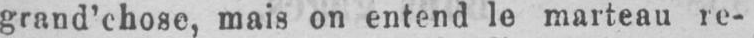
grand’chose, mais on entend le marteau re-